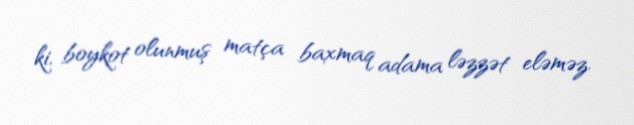
ki, boykot olunmuş matça baxmaq adama ləzzət eləməz.